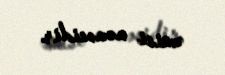
əmisi nəvəsidir.